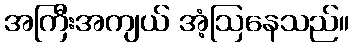
အကြီးအကျယ် အံ့ဩနေသည်။